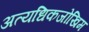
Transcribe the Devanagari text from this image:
अत्यधिकजोखिम